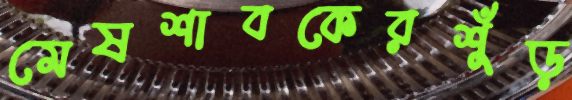
মেষশাবকেরশুঁড়